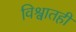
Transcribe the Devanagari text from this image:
विश्वातही